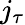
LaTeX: j_{\tau}